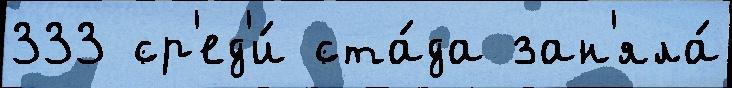
333 ср'ед'и́ ста́да зан'яла́